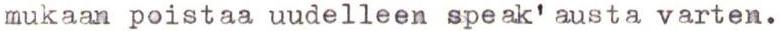
mukaan poistaa uudelleen speak' austa varten.